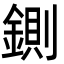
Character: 鍘